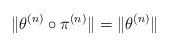
LaTeX: \begin{align*}\|\theta^{(n)}\circ \pi^{(n)}\|=\|\theta^{(n)}\|\end{align*}